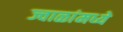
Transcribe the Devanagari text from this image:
ज्वाळांमध्ये